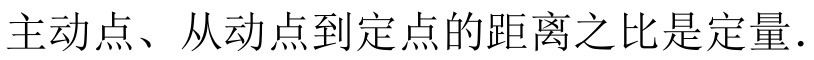
主动点、从动点到定点的距离之比是定量.